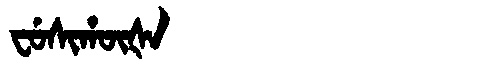
Manchu: ᠸᡠᠰᡳᡥᡡᡧᠠ
Romanization: FUSIHŪŠA